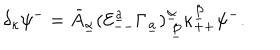
\delta _ { \kappa } \psi ^ { - } = \bar { A } _ { \underline { { \alpha } } } ( { \cal E } _ { -- } ^ { \underline { { a } } } \Gamma _ { \underline { { a } } } ) _ { ~ \underline { { \beta } } } ^ { \underline { { \alpha } } } \kappa _ { + + } ^ { \underline { { \beta } } } \psi ^ { - } .